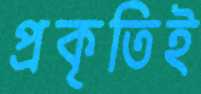
প্রকৃতিই